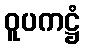
ဝူပကဋ္ဌံ